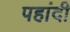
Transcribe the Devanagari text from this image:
पहांदी